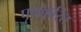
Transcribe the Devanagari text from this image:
पृथक्करित